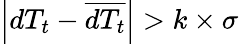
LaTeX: \left|dT_{t}-\overline{{dT_{t}}}\right|>k\times\sigma